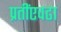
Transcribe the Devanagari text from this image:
प्रतींएवढा